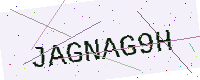
Text: JAGNAG9H